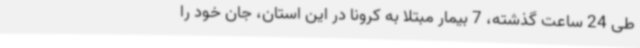
طی 24 ساعت گذشته، 7 بیمار مبتلا به کرونا در این استان، جان خود را